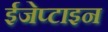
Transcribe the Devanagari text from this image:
ईजेप्टाइन